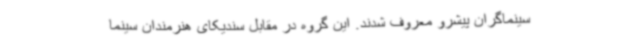
سینماگران پیشرو معروف شدند. این گروه در مقابل سندیکای هنرمندان سینما